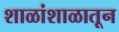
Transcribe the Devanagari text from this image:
शाळांशाळातून